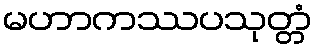
မဟာကဿပသုတ္တံ